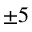
\pm 5